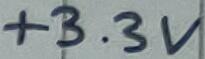
Text: +3.3V